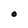
Character: O